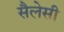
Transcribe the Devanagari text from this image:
सैलेसी